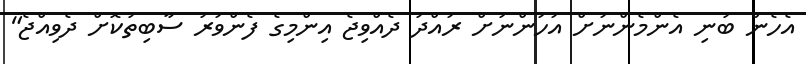
އެހެން ބުނި އެންމެންނަށް އަހަންނަށް ރައްދު ދެއްވިޖެ އިންމިގެ ފެންވަރު ސާބިތުކޮށް ދެވިއްޖެ"